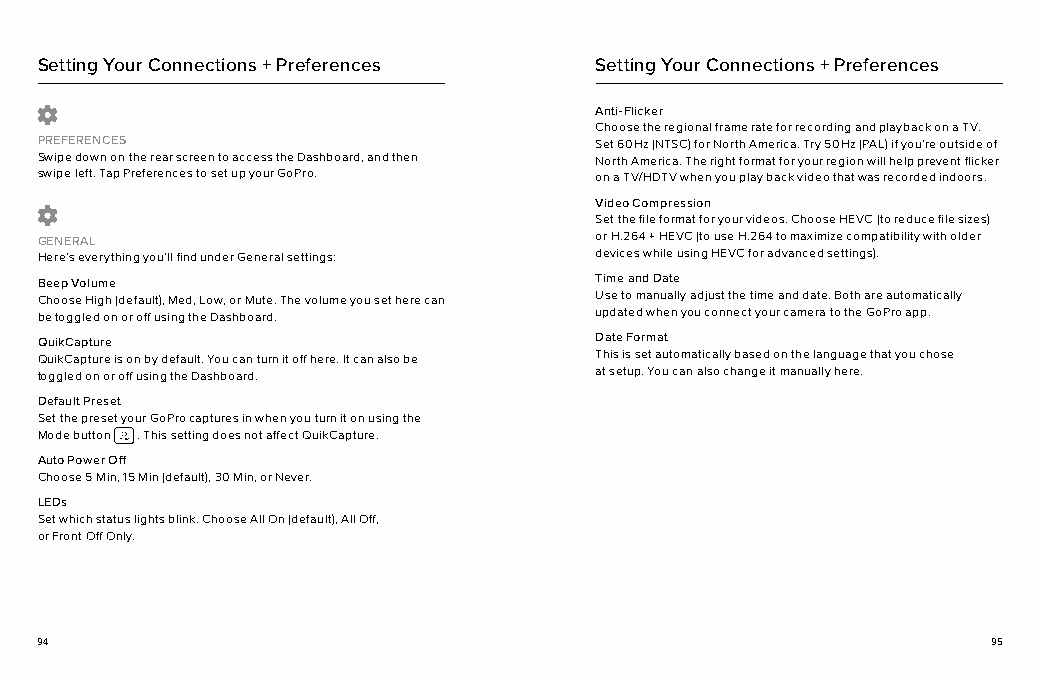
Setting Your Connections + Preferences Setting Your Connections + Preferences
 Anti-Flicker
 Choose the regional frame rate for recording and playback on a TV.
 PREFERENCES                          Set 60Hz (NTSC) for North America. Try 50Hz (PAL) if you’re outside of
 Swipe down on the rear screen to access the Dashboard, and then North America. The right format for your region will help prevent flicker
 swipe left. Tap Preferences to set up your GoPro. on a TV/HDTV when you play back video that was recorded indoors.
 Video Compression
 Set the file format for your videos. Choose HEVC (to reduce file sizes)
 GENERAL                              or H.264 + HEVC (to use H.264 to maximize compatibility with older
 Here’s everything you’ll find under General settings: devices while using HEVC for advanced settings).
 Beep Volume                          Time and Date
 Choose High (default), Med, Low, or Mute. The volume you set here can Use to manually adjust the time and date. Both are automatically
 be toggled on or off using the Dashboard. updated when you connect your camera to the GoPro app.
 QuikCapture                          Date Format
 QuikCapture is on by default. You can turn it off here. It can also be This is set automatically based on the language that you chose
 toggled on or off using the Dashboard. at setup. You can also change it manually here.
 Default Preset
 Set the preset your GoPro captures in when you turn it on using the
 Mode button . This setting does not affect QuikCapture.
 Auto Power Off
 Choose 5 Min, 15 Min (default), 30 Min, or Never.
 LEDs
 Set which status lights blink. Choose All On (default), All Off,
 or Front Off Only.
 94                                                              95